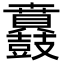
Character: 𮮪